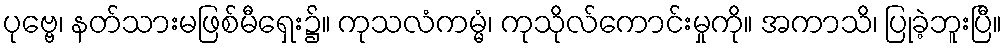
ပုဗ္ဗေ၊ နတ်သားမဖြစ်မီရှေး၌။ ကုသလံကမ္မံ၊ ကုသိုလ်ကောင်းမှုကို။ အကာသိ၊ ပြုခဲ့ဘူးပြီ။